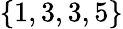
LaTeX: \{ 1,3,3,5\}